Distribution and causation of leprosy in British India
Year: 1875
Disease focus: Leprosy
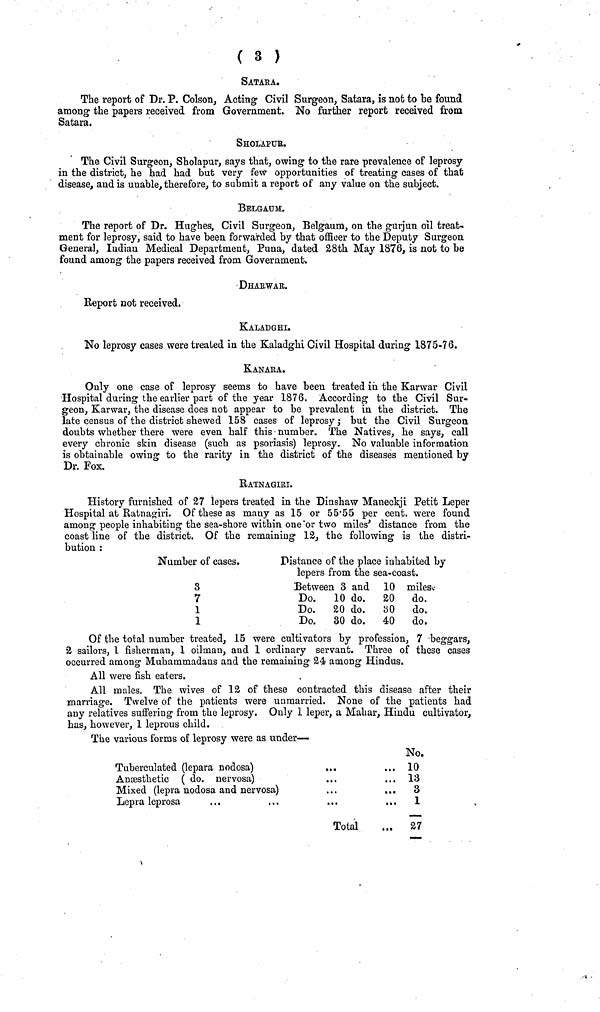
( 3 )
SATARA.
The report of Dr. P. Colson, Acting Civil Surgeon, Satara, is not to be found
among the papers received from Government. No further report received from
Satara.
SHOLAPUr.
The Civil Surgeon, Sholapur, says that, owing to the rare prevalence of leprosy
in the district, he had had but very few opportunities of treating cases of that
disease, and is unable, therefore, to submit a report of any value on the subject.
BELGAUM.
The report of Dr. Hughes, Civil Surgeon, Belgaum, on the gurjun oil treat-
ment for leprosy, said to have been forwarded by that officer to the Deputy Surgeon
General, Indian Medical Department, Puna, dated 28th May 1876, is not to be
found among the papers received from Government.
DHAr.WAR.
Report not received.
KALADGHI.
No leprosy cases were treated in the Kaladghi Civil Hospital daring 1875-76.
KANARA.
Only one case of leprosy seems to have been treated in the Karwar Civil
Hospital during the earlier part of the year 1876. According to the Civil Sur-
geon, Karwar, the disease does not appear to be prevalent in the district. The
late census of the district shewed 158 cases of leprosy; but the Civil Surgeon,
doubts whether there were even half this number. The Natives, he says, call
every chronic skin disease (such as psoriasis) leprosy. No valuable information
is obtainable owing to the rarity in the district of the diseases mentioned by
Dr. Fox.
RATNAGIRI.
History furnished of 27 lepers treated in the Dinshaw Maneckji Petit Leper
Hospital at Ratnagiri. Of these as many as 15 or 55·55 per cent, were found
among people inhabiting the sea-shore within one or two miles' distance from the
coast line of the district. Of the remaining 12, the following is the distri-
bution :
Number of cases.
3
7
1
1
Distance of the place inhabited by
lepers from the sea-coast.
Between 3 and 10 miles
Do.
Do.
Do.
10 do.
20 do.
30 do.
20
80
40
do.
do.
do.
Of the total number treated, 15 were cultivators by profession, 7 beggars,
2 sailors, 1 fisherman, 1 oilman, and 1 ordinary servant. Three of these cases
occurred among Muhammadans and the remaining 24 among Hindus.
All were fish eaters.
All males. The wives of 12 of these contracted this disease after their
marriage. Twelve of the patients were unmarried. None of the patients had
any relatives suffering from the leprosy. Only 1 leper, a Mahar, Hindu cultivator,
has, however, 1 leprous child.
The various forms of leprosy were as under—
Tuberculated (lepara nodosa)
Anæsthetic ( do. nervosa)
Mixed (lepra nodosa and nervosa)
Lepra leprosa
No.
... 10
... 13
... 3
... 1
Total
... 27